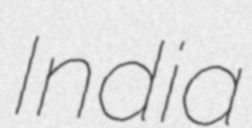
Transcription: India